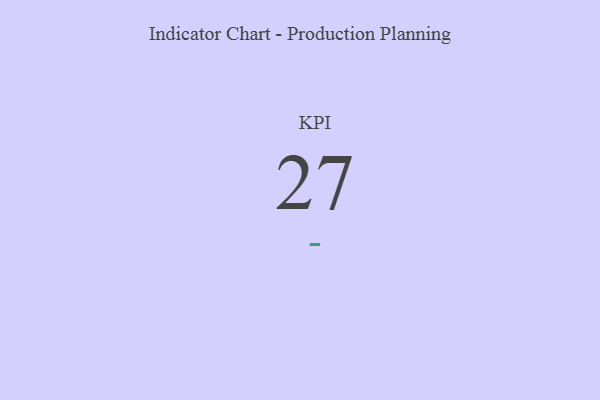
{"axis": {"x": "KPI", "y": "Value"}, "legend": [""], "data": [{"x": "KPI", "y": 27, "type": ""}]}